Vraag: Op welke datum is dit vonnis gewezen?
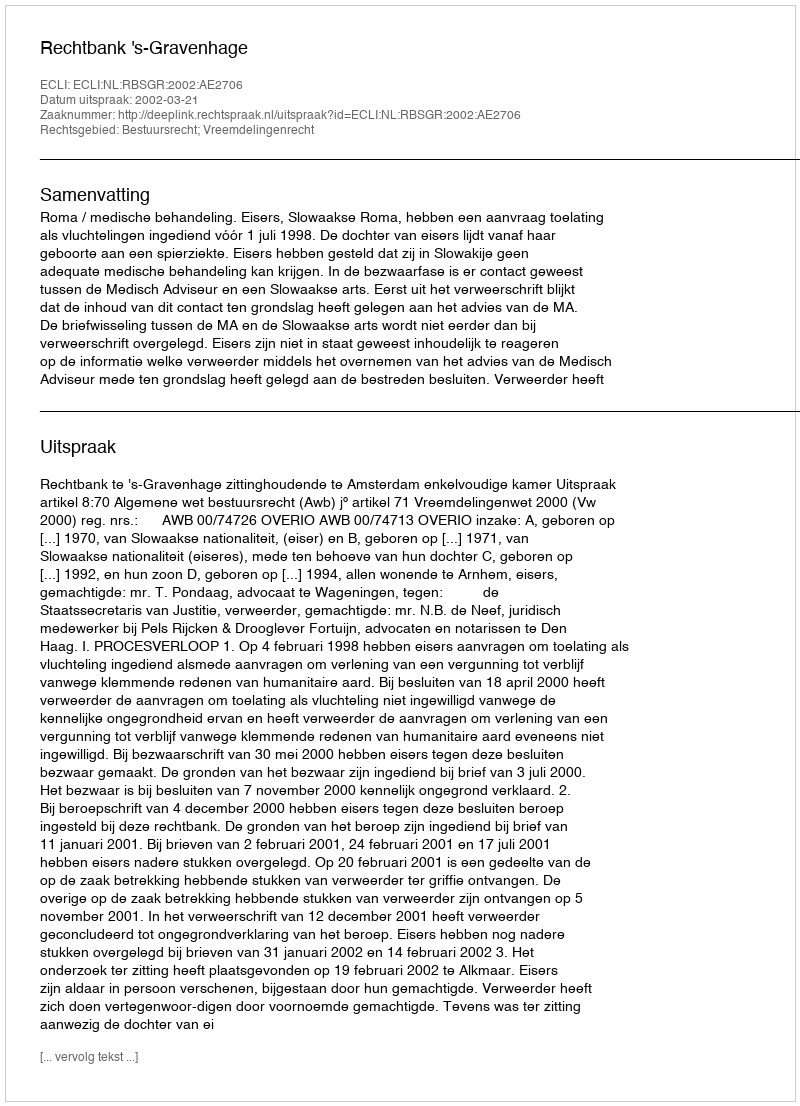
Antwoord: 2002-03-21